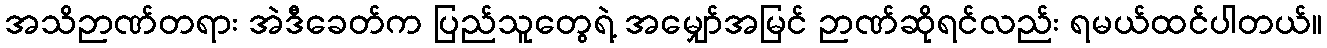
အသိဉာဏ်တရား အဲဒီခေတ်က ပြည်သူတွေရဲ့ အမျှော်အမြင် ဉာဏ်ဆိုရင်လည်း ရမယ်ထင်ပါတယ်။